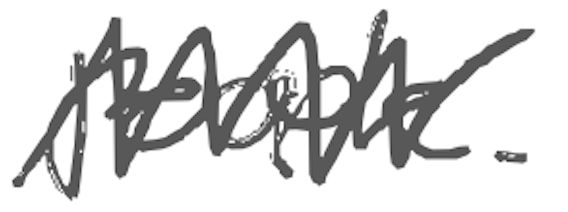
Text: people.
Cross-out: zig-zag
Writing tool: digital_gray